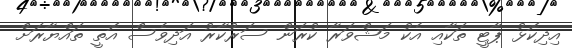
އިދިކޮޅު ޕާޓީ ތަކާއި އެކު މަޝްވަރާ ކުރަން ސަރުކާރު އަދިވެސް އޮތީ ތައްޔާރަށް